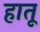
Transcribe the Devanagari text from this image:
हातू